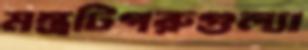
মন্ত্রটিগরুগুল্যা